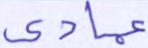
عمادي